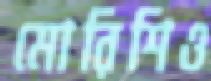
মোরিশিও